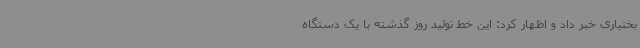
بختیاری خبر داد و اظهار کرد: این خط تولید روز گذشته با یک دستگاه